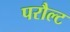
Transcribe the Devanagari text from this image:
परौल्ट